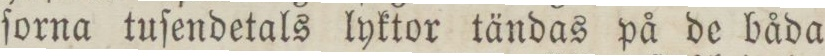
ſorna tuſendetals lyktor tändas på de båda